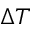
\Delta T